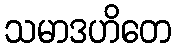
သမာဒဟိတေ